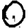
Digit: 0